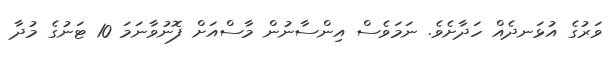
ވަރުގެ އުޅަނދެއް ހަދާށެވެ. ނަމަވެސް އިންސާނުން މާސްއަށް ފޮނުވާނަމަ 10 ޓަނުގެ މުދާ